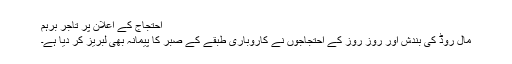
احتجاج کے اعلان پر تاجر برہم
مال روڈ کی بندش اور روز روز کے احتجاجوں نے کاروباری طبقے کے صبر کا پیمانہ بھی لبریز کر دیا ہے۔